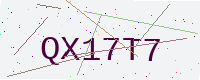
Text: QX17T7